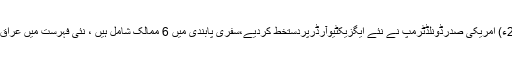
06 مارچ2017ء) امریکی صدرڈونلڈٹرمپ نے نئے ایگزیکٹیوآرڈرپردستخط کردیے،سفری پابندی میں 6 ممالک شامل ہیں ، نئی فہرست میں عراق کانام نہیں ہے ۔